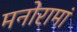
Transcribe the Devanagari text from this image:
मनोरामां